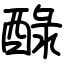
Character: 醁